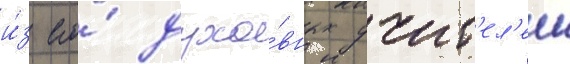
и́з его́ духо́вных учит'ел'еи